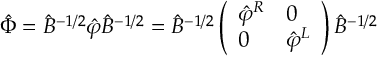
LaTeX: \hat { \Phi } = \hat { B } ^ { - 1 / 2 } \hat { \varphi } \hat { B } ^ { - 1 / 2 } = \hat { B } ^ { - 1 / 2 } \left( \begin{array} { l l } { { \hat { \varphi } ^ { R } } } & { { 0 } } \\ { { 0 } } & { { \hat { \varphi } ^ { L } } } \end{array} \right) \hat { B } ^ { - 1 / 2 }